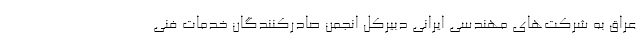
عراق به شرکت‌های مهندسی ایرانی دبیرکل انجمن صادرکنندگان خدمات فنی